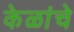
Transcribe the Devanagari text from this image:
केळांचे